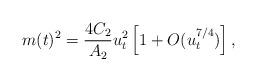
LaTeX: \begin{align*}m(t)^2 = {4 C_2\over A_2} u_t^2 \left[ 1 + O(u_t^{7/4}) \right],\end{align*}